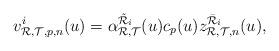
LaTeX: \begin{align*}v_{{\mathcal{R}},{\mathcal{T}},p,n}^i(u)=\alpha_{{\mathcal{R}},{\mathcal{T}}}^{\tilde{\mathcal{R}}_i}(u)c_p(u) z_{{\mathcal{R}},{\mathcal{T}},n}^{\bar{\mathcal{R}}_i}(u),\end{align*}